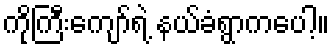
ကိုကြီးကျော်ရဲ့ နယ်ခံရွာကပေါ့။